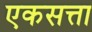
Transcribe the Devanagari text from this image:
एकसत्ता